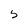
Character: 5